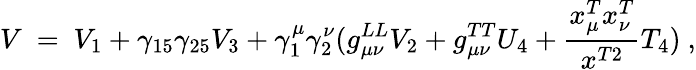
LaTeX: V\ =\ V_{1}+\gamma_{15}\gamma_{25}V_{3}+\gamma_{1}^{\mu}\gamma_{2}^{\nu}(g_{\mu\nu}^{LL}V_{2}+g_{\mu\nu}^{TT}U_{4}+\frac{x_{\mu}^{T}x_{\nu}^{T}}{x^{T2}}T_{4})\ ,